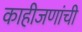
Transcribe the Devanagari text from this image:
काहीजणांची